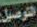
التوصيل